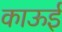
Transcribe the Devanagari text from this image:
काऊई